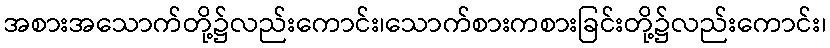
အစားအသောက်တို့၌လည်းကောင်း၊သောက်စားကစားခြင်းတို့၌လည်းကောင်း၊